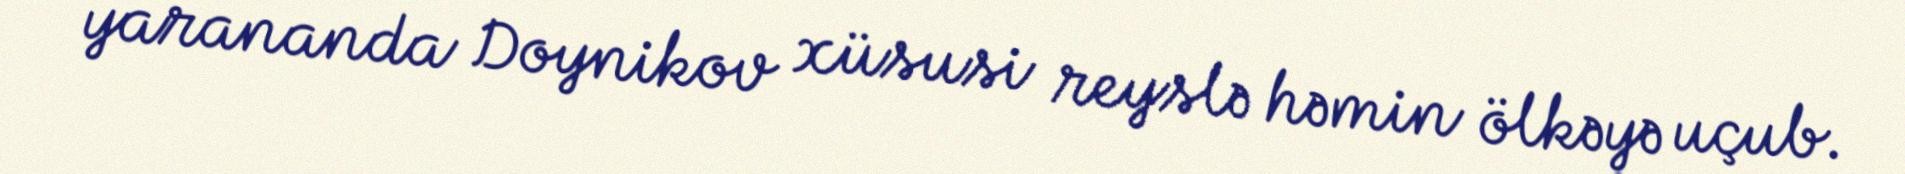
yarananda Doynikov xüsusi reyslə həmin ölkəyə uçub.